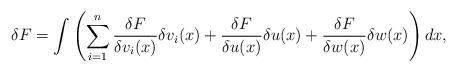
LaTeX: \begin{align*}\delta F = \int \left( \sum_{i=1}^n \frac{\delta F}{\delta v_i(x)}\delta v_i(x) + \frac{\delta F}{\delta u(x)}\delta u(x) +\frac{\delta F}{\delta w(x)}\delta w(x) \right) dx, \end{align*}